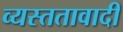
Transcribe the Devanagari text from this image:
व्यस्ततावादी